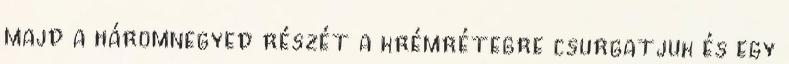
majd a háromnegyed részét a krémrétegre csurgatjuk és egy